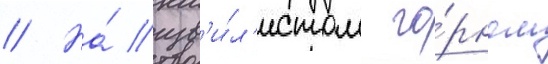
// На́ изв'и́л'истом го́рном